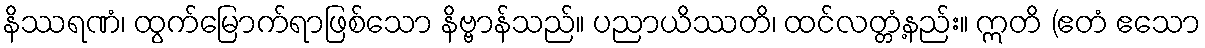
နိဿရဏံ၊ ထွက်မြောက်ရာဖြစ်သော နိဗ္ဗာန်သည်။ ပညာယိဿတိ၊ ထင်လတ္တံ့နည်း။ ဣတိ (ဧတံ ဧသော